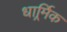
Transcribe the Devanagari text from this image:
धार्र्मिक